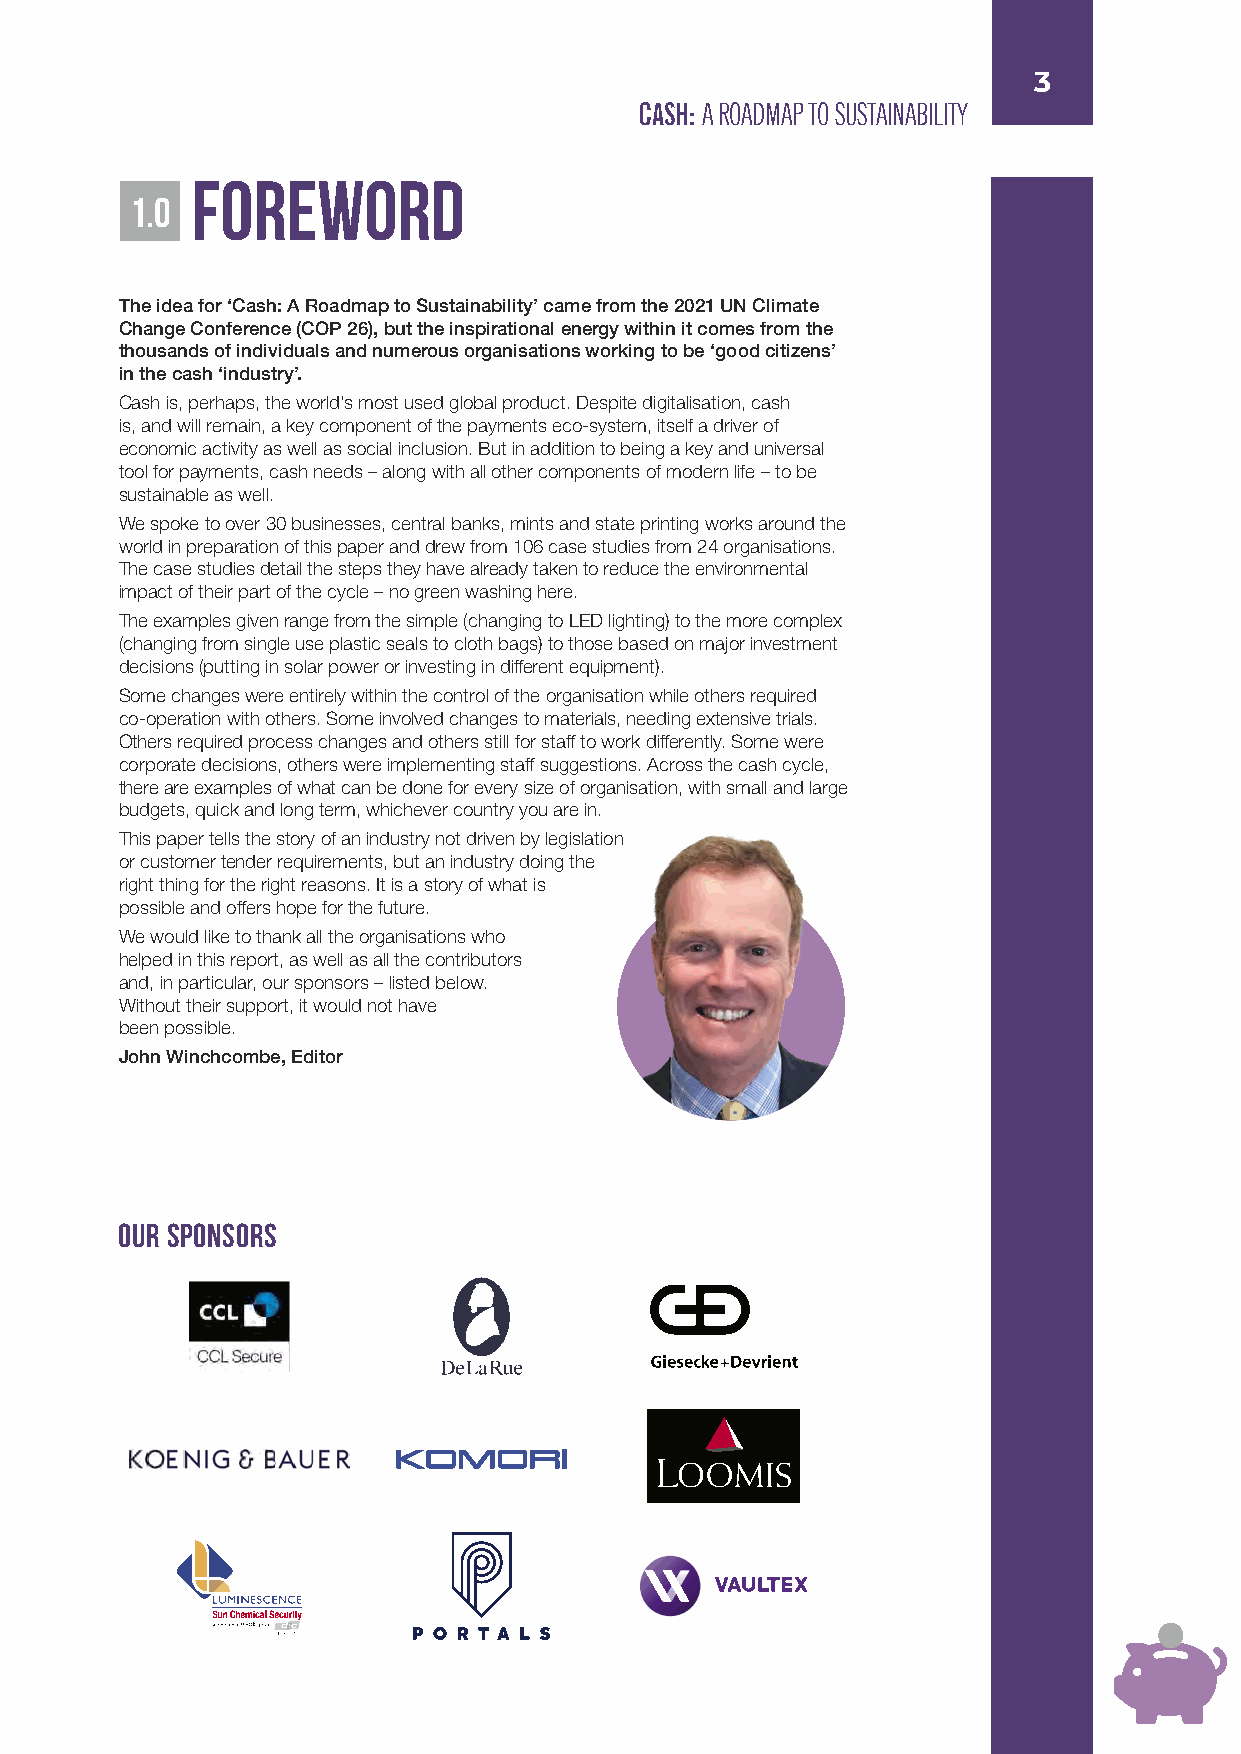
3
 CASH: A ROADMAP TO SUSTAINABILITY
 FOREWORD
 1.0
 The idea for ‘Cash: A Roadmap to Sustainability’ came from the 2021 UN Climate
 Change Conference (COP 26), but the inspirational energy within it comes from the
 thousands of individuals and numerous organisations working to be ‘good citizens’
 in the cash ‘industry’.
 Cash is, perhaps, the world’s most used global product. Despite digitalisation, cash
 is, and will remain, a key component of the payments eco-system, itself a driver of
 economic activity as well as social inclusion. But in addition to being a key and universal
 tool for payments, cash needs – along with all other components of modern life – to be
 sustainable as well.
 We spoke to over 30 businesses, central banks, mints and state printing works around the
 world in preparation of this paper and drew from 106 case studies from 24 organisations.
 The case studies detail the steps they have already taken to reduce the environmental
 impact of their part of the cycle – no green washing here.
 The examples given range from the simple (changing to LED lighting) to the more complex
 (changing from single use plastic seals to cloth bags) to those based on major investment
 decisions (putting in solar power or investing in different equipment).
 Some changes were entirely within the control of the organisation while others required
 co-operation with others. Some involved changes to materials, needing extensive trials.
 Others required process changes and others still for staff to work differently. Some were
 corporate decisions, others were implementing staff suggestions. Across the cash cycle,
 there are examples of what can be done for every size of organisation, with small and large
 budgets, quick and long term, whichever country you are in.
 This paper tells the story of an industry not driven by legislation
 or customer tender requirements, but an industry doing the
 right thing for the right reasons. It is a story of what is
 possible and offers hope for the future.
 We would like to thank all the organisations who
 helped in this report, as well as all the contributors
 and, in particular, our sponsors – listed below.
 Without their support, it would not have
 been possible.
 John Winchcombe, Editor
 Our Sponsors